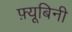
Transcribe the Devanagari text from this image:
फ़्यूबिनी